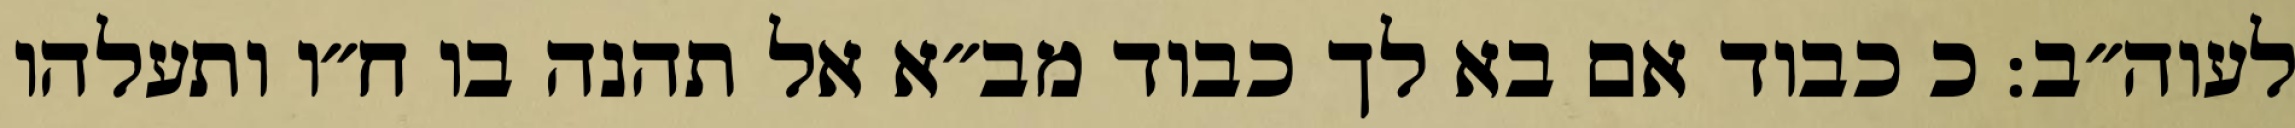
לעוה״ב: כ כבוד אם בא לך כבוד מב״א אל תהנה בו ח״ו ותעלהו